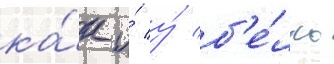
ка́к и́ у́ б'е́лль